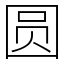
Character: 圆